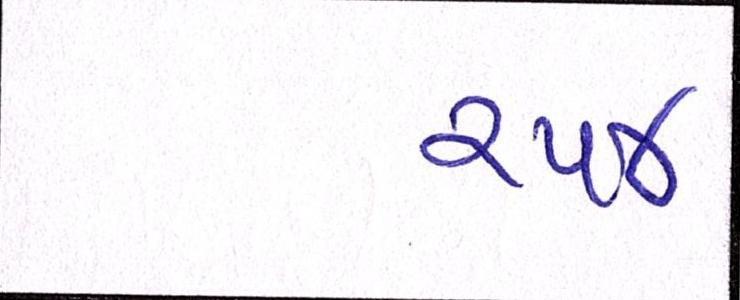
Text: ૨૫૪